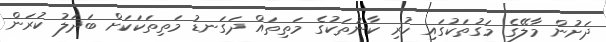
ދަށުން މާލޭގެ މަގުތަކުގައި ހުރި ކާނުތަކުގެ މަތިތައް ދަގަނޑު މަތިތަކަކަށް ބަދަލު ކުރަން